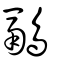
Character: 鷊